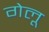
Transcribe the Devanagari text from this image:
गेलू